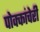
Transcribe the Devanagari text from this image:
पोक्कांचेरी